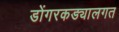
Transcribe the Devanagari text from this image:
डोंगरकड्यालगत